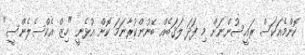
ކޮންމެއަކަސް ރައީސުންނަށް މި ފަދަ ލަޤަބެއް ބޭނުންކުރާނަމަ ކޮށް އުޅެނީ "ހިޒް އެކްސެލެންސީ"